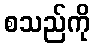
စသည်ကို